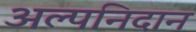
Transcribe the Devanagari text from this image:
अल्पनिदान